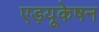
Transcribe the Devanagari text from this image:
एड़यूकेषन